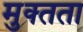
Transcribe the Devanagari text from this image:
मुक्‍तता